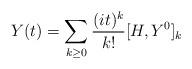
LaTeX: \begin{align*} Y(t) = \sum_{k \geq 0} \frac{(it)^k}{k!} [H, Y^0]_k \end{align*}